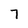
Character: 7